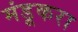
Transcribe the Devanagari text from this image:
मंडूकरा